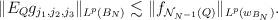
LaTeX: \begin{align*}\|E_{Q}g_{j_{1},j_{2},j_{3}}\|_{L^p({B_{N}})} \lesssim \|f_{\mathcal{N}_{N^{-1}}(Q)}\|_{L^p(w_{B_{N}})}.\end{align*}